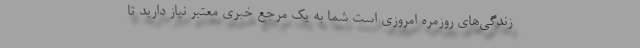
زندگی‌های روزمره امروزی است شما به یک مرجع خبری معتبر نیاز دارید تا